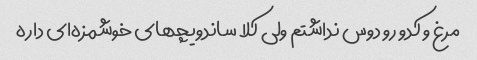
مرغ و کدو رو دوس نداشتم ولی کلا ساندویچهای خوشمزه‌ای داره